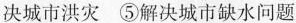
决城市洪灾 ⑤解决城市缺水问题